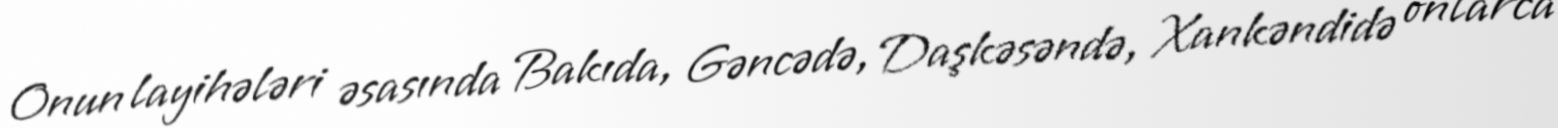
Onun layihələri əsasında Bakıda, Gəncədə, Daşkəsəndə, Xankəndidə onlarca